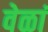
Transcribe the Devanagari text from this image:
वेळां